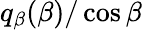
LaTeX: q_{\beta}(\beta)/\cos\beta